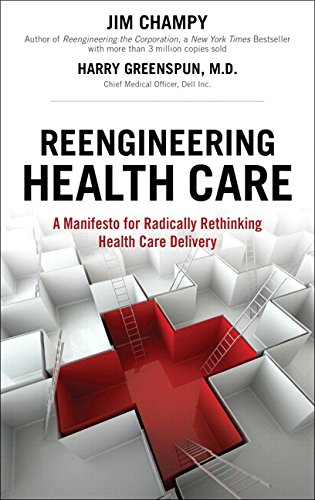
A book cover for Reengineering Health Care: A Manifesto for Radically Rethinking Health Care Delivery (paperback); Jim Champy; Medical Books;